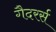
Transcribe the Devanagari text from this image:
गैदरर्स